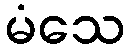
မံသေ